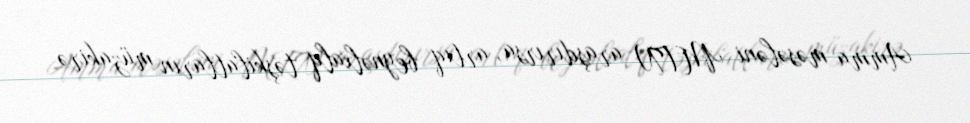
Amma məsələni MTN araşdırırsa, artıq beynəlxalq təşkilatların müzakirə